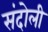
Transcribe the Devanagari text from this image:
संदोली